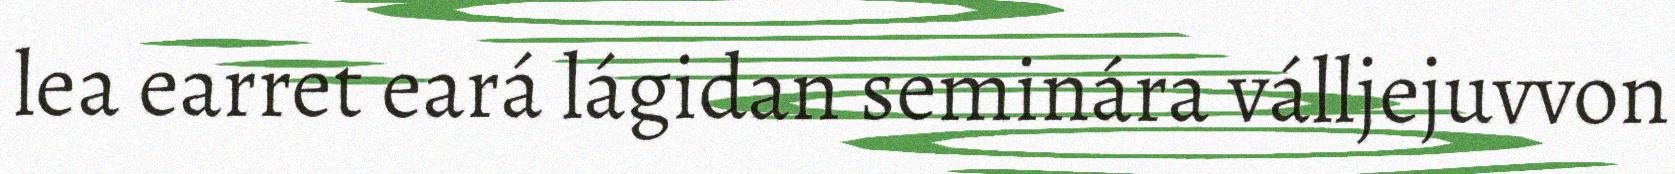
lea earret eará lágidan seminára válljejuvvon